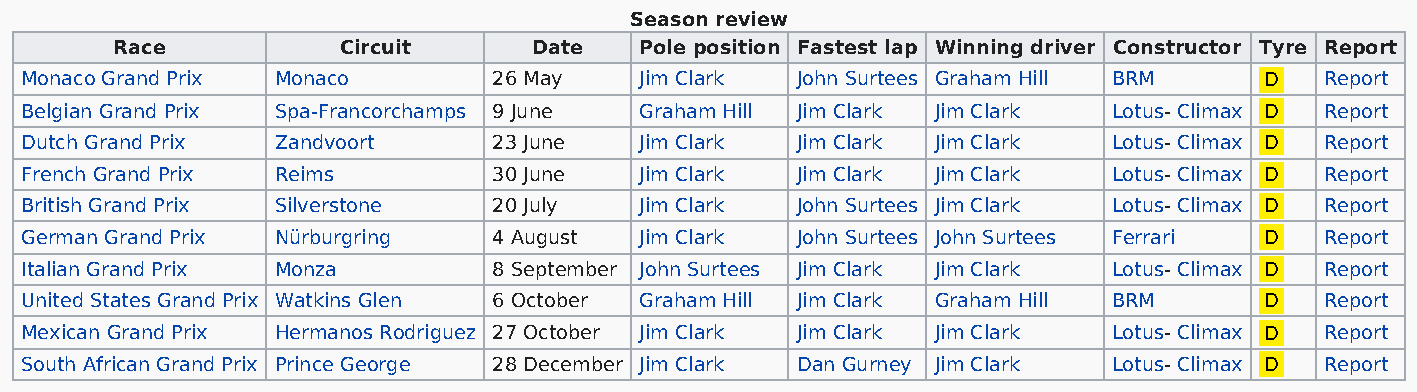
Season review
 Race          Circuit      Date   Pole position Fastest lap Winning driver Constructor Tyre Report
 Monaco Grand Prix Monaco        26 May   Jim Clark  John Surtees Graham Hill BRM   D   Report
 Belgian Grand Prix Spa-Francorchamps 9 June Graham Hill Jim Clark Jim Clark Lotus- Climax D Report
 Dutch Grand Prix Zandvoort      23 June  Jim Clark  Jim Clark Jim Clark  Lotus- Climax D Report
 French Grand Prix Reims         30 June  Jim Clark  Jim Clark Jim Clark  Lotus- Climax D Report
 British Grand Prix Silverstone  20 July  Jim Clark  John Surtees Jim Clark Lotus- Climax D Report
 German Grand Prix Nürburgring   4 August Jim Clark  John Surtees John Surtees Ferrari D Report
 Italian Grand Prix Monza        8 September John Surtees Jim Clark Jim Clark Lotus- Climax D Report
 United States Grand Prix Watkins Glen 6 October Graham Hill Jim Clark Graham Hill BRM D Report
 Mexican Grand Prix Hermanos Rodriguez 27 October Jim Clark Jim Clark Jim Clark Lotus- Climax D Report
 South African Grand Prix Prince George 28 December Jim Clark Dan Gurney Jim Clark Lotus- Climax D Report